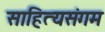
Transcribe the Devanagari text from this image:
साहित्यसंगम